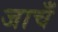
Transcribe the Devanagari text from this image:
जाचँ